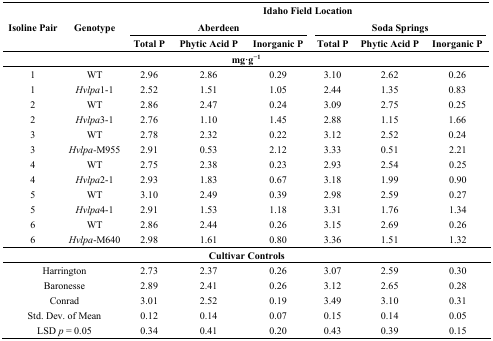
<table><thead><tr><td rowspan="3"><b>Isoline Pair</b></td><td rowspan="3"><b>Genotype</b></td><td colspan="6"><b>Idaho Field Location</b></td></tr><tr><td colspan="3"><b>Aberdeen</b></td><td colspan="3"><b>Soda Springs</b></td></tr><tr><td><b>Total P</b></td><td><b>Phytic Acid P</b></td><td><b>Inorganic P</b></td><td><b>Total P</b></td><td><b>Phytic Acid P</b></td><td><b>Inorganic P</b></td></tr></thead><tbody><tr><td colspan="8"><b>mg·g<sup>−1</sup></b></td></tr><tr><td>1</td><td>WT</td><td>2.96</td><td>2.86</td><td>0.29</td><td>3.10</td><td>2.62</td><td>0.26</td></tr><tr><td>1</td><td><i>Hvlpa</i>1-1</td><td>2.52</td><td>1.51</td><td>1.05</td><td>2.44</td><td>1.35</td><td>0.83</td></tr><tr><td>2</td><td>WT</td><td>2.86</td><td>2.47</td><td>0.24</td><td>3.09</td><td>2.75</td><td>0.25</td></tr><tr><td>2</td><td><i>Hvlpa</i>3-1</td><td>2.76</td><td>1.10</td><td>1.45</td><td>2.88</td><td>1.15</td><td>1.66</td></tr><tr><td>3</td><td>WT</td><td>2.78</td><td>2.32</td><td>0.22</td><td>3.12</td><td>2.52</td><td>0.24</td></tr><tr><td>3</td><td><i>Hvlpa-</i>M955</td><td>2.91</td><td>0.53</td><td>2.12</td><td>3.33</td><td>0.51</td><td colspan="2">2.21</td></tr><tr><td>4</td><td>WT</td><td>2.75</td><td>2.38</td><td>0.23</td><td>2.93</td><td>2.54</td><td colspan="2">0.25</td></tr><tr><td>4</td><td><i>Hvlpa</i>2-1</td><td>2.93</td><td>1.83</td><td>0.67</td><td>3.18</td><td>1.99</td><td colspan="2">0.90</td></tr><tr><td>5</td><td>WT</td><td>3.10</td><td>2.49</td><td>0.39</td><td>2.98</td><td>2.59</td><td colspan="2">0.27</td></tr><tr><td>5</td><td><i>Hvlpa</i>4-1</td><td>2.91</td><td>1.53</td><td>1.18</td><td>3.31</td><td>1.76</td><td colspan="2">1.34</td></tr><tr><td>6</td><td>WT</td><td>2.86</td><td>2.44</td><td>0.26</td><td>3.15</td><td>2.69</td><td colspan="2">0.26</td></tr><tr><td>6</td><td><i>Hvlpa</i>-M640</td><td>2.98</td><td>1.61</td><td>0.80</td><td>3.36</td><td>1.51</td><td colspan="2">1.32</td></tr><tr><td colspan="9"><b>Cultivar Controls</b></td></tr><tr><td colspan="2">Harrington</td><td>2.73</td><td>2.37</td><td>0.26</td><td>3.07</td><td>2.59</td><td colspan="2">0.30</td></tr><tr><td colspan="2">Baronesse</td><td>2.89</td><td>2.41</td><td>0.26</td><td>3.12</td><td>2.65</td><td colspan="2">0.28</td></tr><tr><td colspan="2">Conrad</td><td>3.01</td><td>2.52</td><td>0.19</td><td>3.49</td><td>3.10</td><td colspan="2">0.31</td></tr><tr><td colspan="2">Std. Dev. of Mean</td><td>0.12</td><td>0.14</td><td>0.07</td><td>0.15</td><td>0.14</td><td colspan="2">0.05</td></tr><tr><td colspan="2">LSD <i>p</i> = 0.05</td><td>0.34</td><td>0.41</td><td>0.20</td><td>0.43</td><td>0.39</td><td colspan="2">0.15</td></tr></tbody></table>